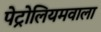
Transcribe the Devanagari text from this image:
पेट्रोलियमवाला